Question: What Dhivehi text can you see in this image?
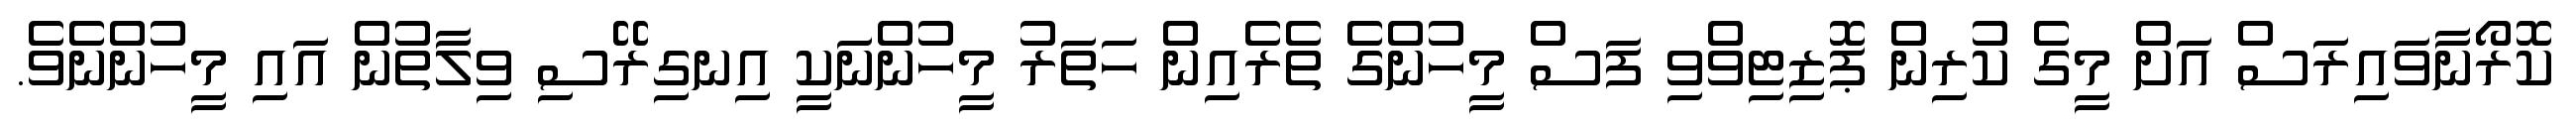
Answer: ކޮރޯނާވައިރަސް އަށް މީގެ ކުރިން ޕޮޒިޓިވްވި ފަސް މީހުންގެ ތެރެއިން ހަތަރު މީހުންނަކީ އިނގިރޭސި ވިލާތުން އައި މީހުންނެވެ.